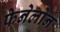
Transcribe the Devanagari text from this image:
फेनेलोन